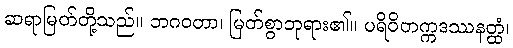
ဆရာမြတ်တို့သည်။ ဘဂဝတာ၊ မြတ်စွာဘုရား၏။ ပရိဝိတက္ကဒဿနတ္ထံ၊